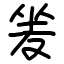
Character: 夎